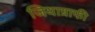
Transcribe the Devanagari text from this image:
जियाग्राफी